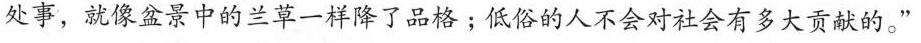
处事，就像盆景中的兰草一样降了品格44低俗的人不会对社会有多大贡献的。”